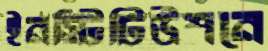
ইনস্টিটিউশনে